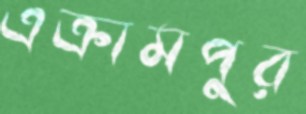
এক্রামপুর